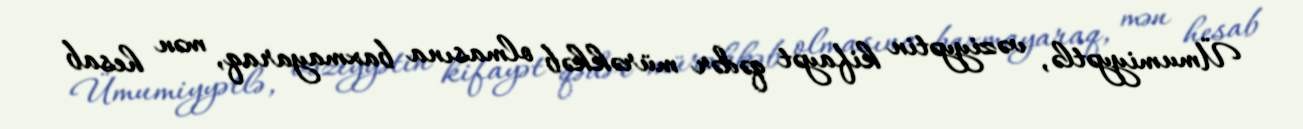
Ümumiyyətlə, vəziyyətin kifayət qədər mürəkkəb olmasına baxmayaraq, mən hesab